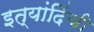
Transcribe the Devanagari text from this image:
इत्यांदिंची